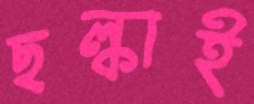
ছল্‌কাই